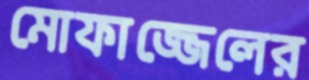
মোফাজ্জেলের